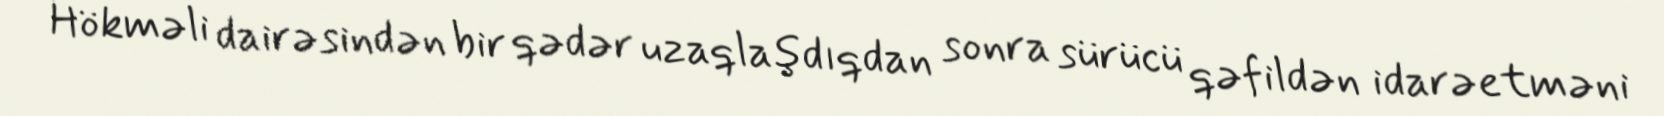
Hökməli dairəsindən bir qədər uzaqlaşdıqdan sonra sürücü qəfildən idarəetməni